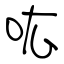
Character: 吰